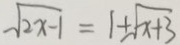
\sqrt { 2 x - 1 } = 1 \pm \sqrt { x + 3 }